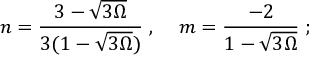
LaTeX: n = \frac { 3 - \sqrt { 3 \Omega } } { 3 ( 1 - \sqrt { 3 \Omega } ) } \; , \; \; \; \; m = \frac { - 2 } { 1 - \sqrt { 3 \Omega } } \; ;